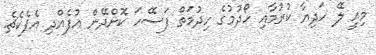
މިއީ ލޭ ހަދިޔާ ކުރުމާއި ހޯދުމުގެ ހިދުމަތް ފަސޭހަ ކޮށްދޭން އުފެއްދި އެޕެކެޗެ.